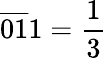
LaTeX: {\overline{{01}}}1={\frac{1}{3}}